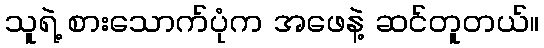
သူရဲ့ စားသောက်ပုံက အဖေနဲ့ ဆင်တူတယ်။